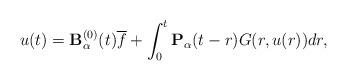
LaTeX: \begin{align*} u(t)= \mathbf B_\alpha^{(0)}(t) \overline{f} &+ \int_0^t {\bf P}_{\alpha } (t-r) G(r,u(r)) dr , \end{align*}